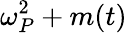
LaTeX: \omega_{P}^{2}+m(t)